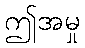
ဤအမှု